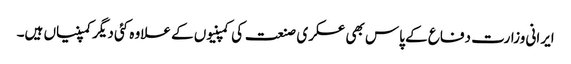
ایرانی وزارت دفاع کے پاس بھی عسکری صنعت کی کمپنیوں کے علاوہ کئی دیگر کمپنیاں ہیں۔